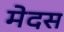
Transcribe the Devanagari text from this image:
मेदस